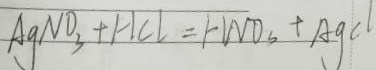
A g N O _ { 3 } + H C l = H N O _ { 3 } + A g C l